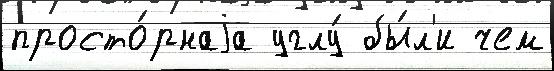
просто́рнаjа углу́ бы́л'и чем